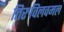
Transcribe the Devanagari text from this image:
तिरुविलवमल